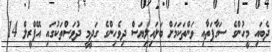
ދެބައި މީހުންގެ ސަގާފަތާއި ވަންތަކަމަށް ބަލައިލިޔަސް ދިވެހިންގެ ގަދީމީ ދުވަސްތަކުގައި އޭޕްރީލް 14